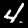
Digit: 4